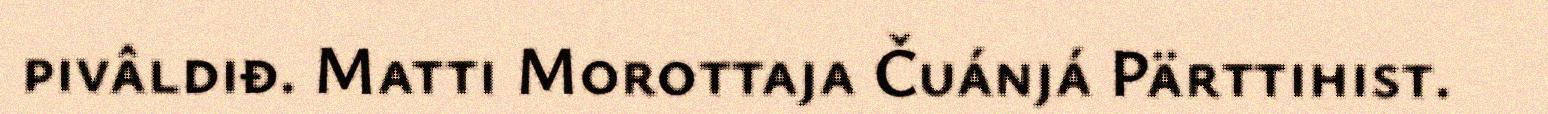
pivâldiđ. Matti Morottaja Čuánjá Pärttihist.